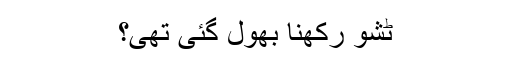
ٹشو رکھنا بھول گئی تھی؟